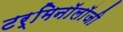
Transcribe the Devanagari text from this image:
टर्मिनाॅलाॅजी